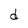
Character: d